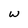
Character: W